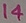
Text: 14